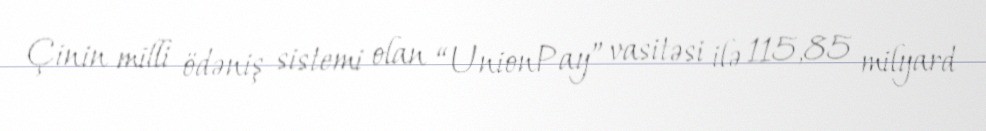
Çinin milli ödəniş sistemi olan “UnionPay” vasitəsi ilə 115,85 milyard